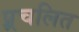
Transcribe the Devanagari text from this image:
प्र्रचलित